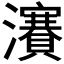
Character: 𱪎